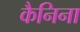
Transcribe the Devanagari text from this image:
कैनिना